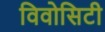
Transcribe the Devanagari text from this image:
विवोसिटी